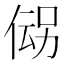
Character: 𬾪